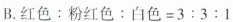
B.$$红 色 : 粉 红 色 : 白 色 = 3: 3 : 1$$